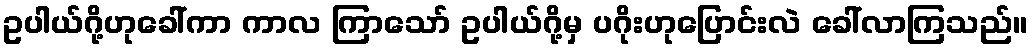
ဥပါယ်ဂို့ဟုခေါ်ကာ ကာလ ကြာသော် ဥပါယ်ဂို့မှ ပဂိုးဟုပြောင်းလဲ ခေါ်လာကြသည်။